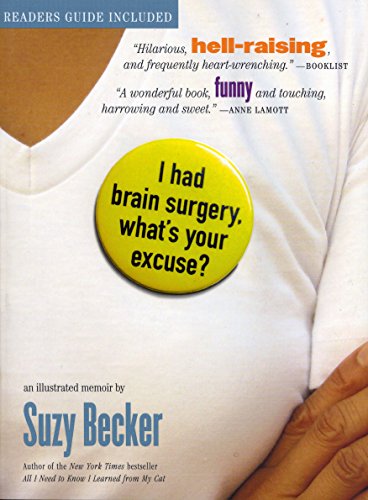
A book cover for I Had Brain Surgery, What's Your Excuse?; Suzy Becker; Humor & Entertainment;